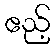
ဧည့်